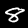
Digit: 8